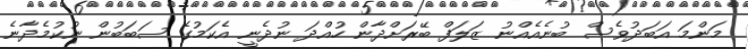
މަންމަ އަބަދުވެސް ބުނެއެއްނު ޒަލަފް ބޭރަށްދާން ހުއްދަ ނުދެނީ އެކަމުގެ ސަބަބުން ނުކުމެދާނެ